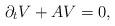
LaTeX: \begin{align*} {\partial_t V + AV = 0,}\end{align*}